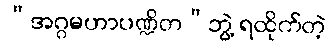
“အဂ္ဂမဟာပဏ္ဍိတ”ဘွဲ့ ရထိုက်တဲ့